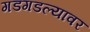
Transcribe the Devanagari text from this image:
गडगडल्यावर